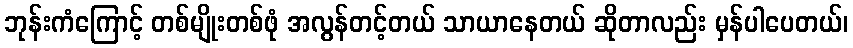
ဘုန်းကံကြောင့် တစ်မျိုးတစ်ဖုံ အလွန်တင့်တယ် သာယာနေတယ် ဆိုတာလည်း မှန်ပါပေတယ်၊